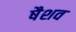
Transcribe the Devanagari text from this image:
षैशव